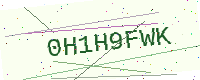
Text: 0H1H9FWK